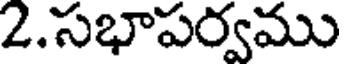
2.సభాపర్వము